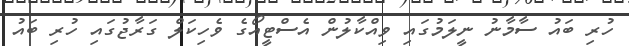
ހުރި ބައު ސާމާނު ނީލަމުގައި ވިއްކާލުން އެސްޓީއޯގެ ވެހިކަލް ގަރާޖުގައި ހުރި ބައު